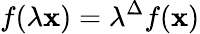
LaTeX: f(\lambda\mathbf{x})=\lambda^{\Delta}f(\mathbf{x})